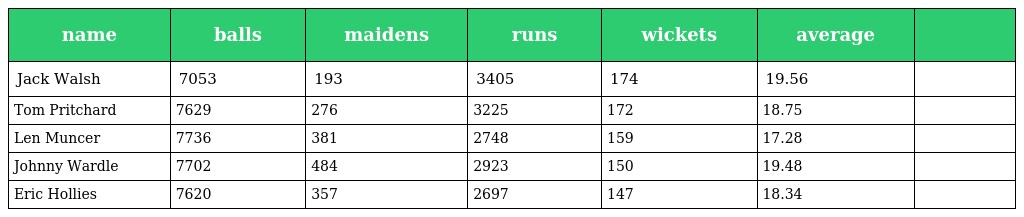
| name | balls | maidens | runs | wickets | average |  |
 | --- | --- | --- | --- | --- | --- | --- |
 | Jack Walsh | 7053 | 193 | 3405 | 174 | 19.56 |  |
 | Tom Pritchard | 7629 | 276 | 3225 | 172 | 18.75 |  |
 | Len Muncer | 7736 | 381 | 2748 | 159 | 17.28 |  |
 | Johnny Wardle | 7702 | 484 | 2923 | 150 | 19.48 |  |
 | Eric Hollies | 7620 | 357 | 2697 | 147 | 18.34 |  |